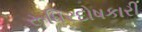
રૂધિરદોષકારી